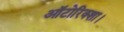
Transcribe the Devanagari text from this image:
ऑटोरिक्शा।